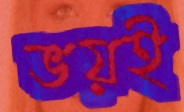
ভয়ই